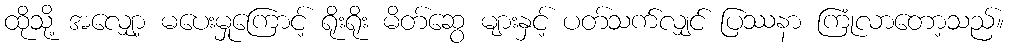
ထိုသို့ အလျှော့ မပေးမှုကြောင့် ရိုးရိုး မိတ်ဆွေ များနှင့် ပတ်သက်လျှင် ပြဿနာ ကြုံလာတော့သည်။